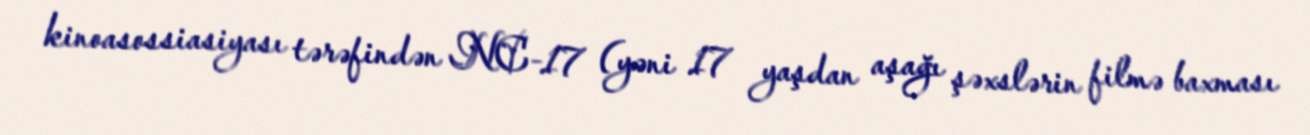
kinoasossiasiyası tərəfindən NC-17 (yəni 17 yaşdan aşağı şəxslərin filmə baxması